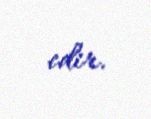
edir.